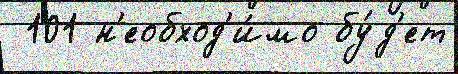
 101 н'еобход'и́мо бу́д'ет